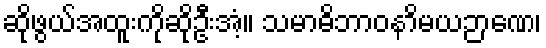
ဆိုဖွယ်အထူးကိုဆိုဦးအံ့။ သမာဓိဘာဝနာိမယဉာဏေ၊